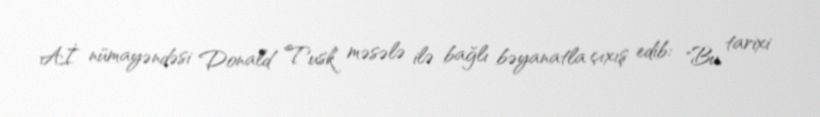
Aİ nümayəndəsi Donald Tusk məsələ ilə bağlı bəyanatla çıxış edib: "Bu, tarixi